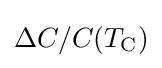
\Delta C/C(T_{\rm {C}})